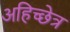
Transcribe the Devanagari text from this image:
अहिच्छेत्र